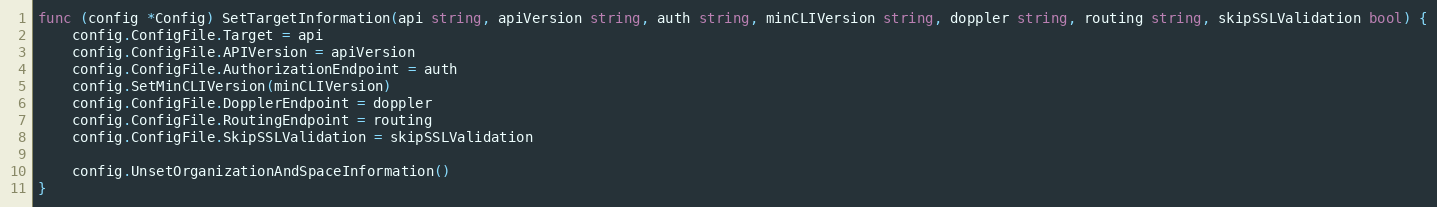
Language: Go
func (config *Config) SetTargetInformation(api string, apiVersion string, auth string, minCLIVersion string, doppler string, routing string, skipSSLValidation bool) {
	config.ConfigFile.Target = api
	config.ConfigFile.APIVersion = apiVersion
	config.ConfigFile.AuthorizationEndpoint = auth
	config.SetMinCLIVersion(minCLIVersion)
	config.ConfigFile.DopplerEndpoint = doppler
	config.ConfigFile.RoutingEndpoint = routing
	config.ConfigFile.SkipSSLValidation = skipSSLValidation

	config.UnsetOrganizationAndSpaceInformation()
}